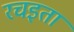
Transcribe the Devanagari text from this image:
रचइता